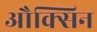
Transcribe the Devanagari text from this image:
औक्सिन